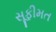
સૂફીમત